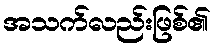
အသက်လည်းဖြစ်၏